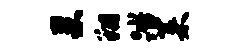
巢翔踏菜